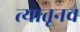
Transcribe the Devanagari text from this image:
त्‍यातूनच